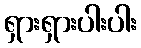
ရှားရှားပါးပါး